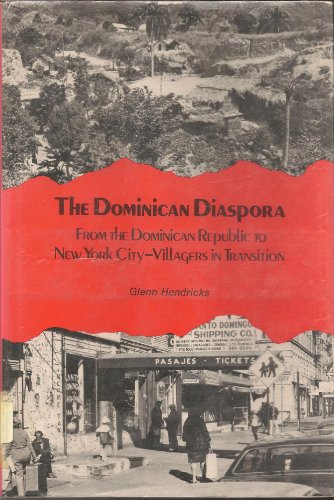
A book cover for Dominican Diaspora - From the Dominican Republic to New York City: Villagers in Transition (Publications of the Center for Education in Latin America); Glenn L. Hendricks; Travel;